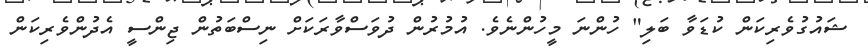
ޝައުގުވެރިކަން ކުޑަވާ ބަލި" ހުންނަ މީހުންނެވެ. އުމުރުން ދުވަސްވާރަކަށް ނިސްބަތުން ޖިންސީ އެދުންވެރިކަން